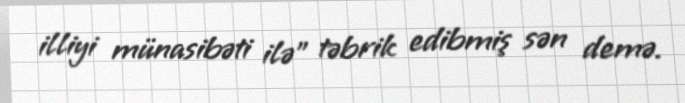
illiyi münasibəti ilə” təbrik edibmiş sən demə.